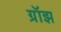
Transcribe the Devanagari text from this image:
ग्रॉझ